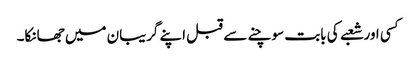
کسی اور شعبے کی بابت سوچنے سے قبل اپنے گریبان میں جھانکا۔